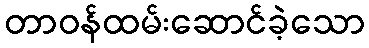
တာဝန်ထမ်းဆောင်ခဲ့သော